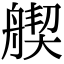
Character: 𦩣